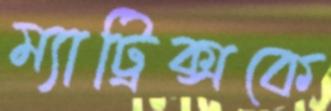
ম্যাট্রিক্সকে